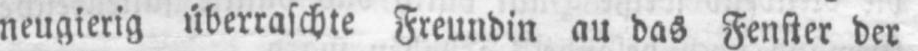
neugierig überraschte Freundin an das Fenster der